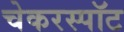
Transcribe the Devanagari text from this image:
चेकरस्पॉट